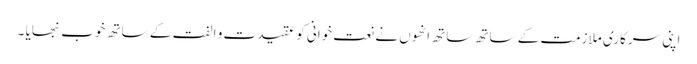
اپنی سرکاری ملازمت کے ساتھ ساتھ انھوں نے نعت خوانی کو عقیدت و الفت کے ساتھ خوب نبھایا ۔